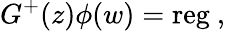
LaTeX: G^{+}(z)\phi(w)=\mathrm{reg}~,